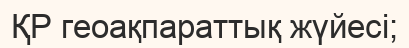
ҚР геоақпараттық жүйесі;